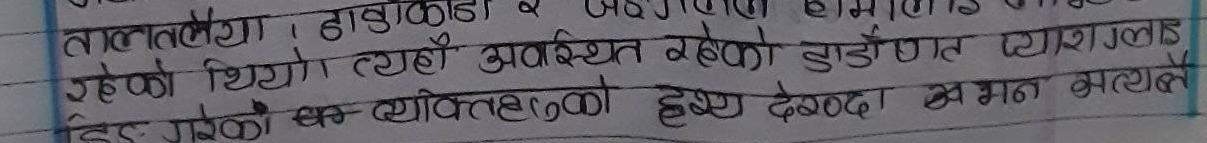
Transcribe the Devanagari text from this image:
तालतलैया, डाडाकाडा र